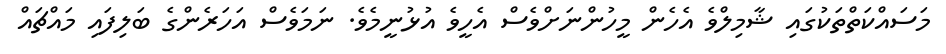
މަސައްކަތްތަކުގައި ޝާމިލްވެ އެހެން މީހުންނަށްވެސް އެހީވެ އުޅުނީމެވެ. ނަމަވެސް އަހަރެންގެ ބަލިފައި މައްޗައް